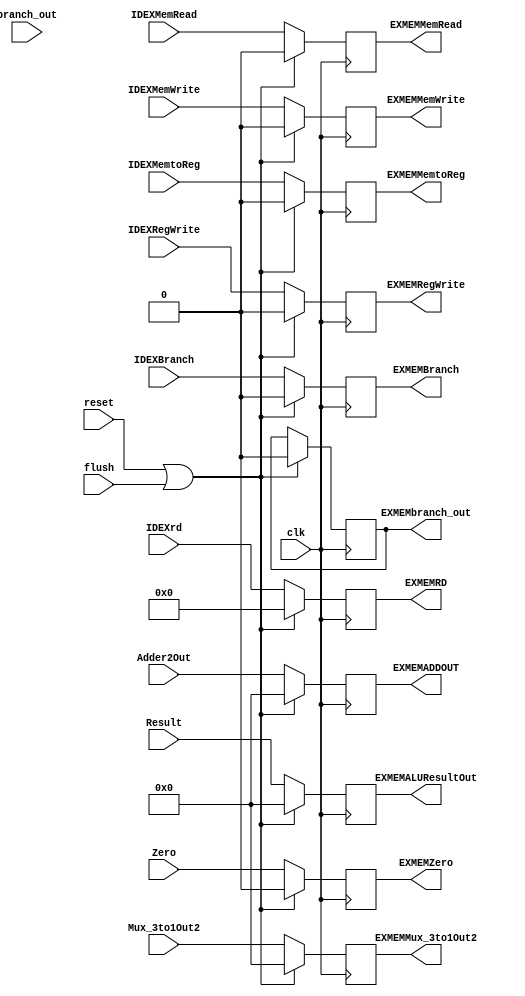
module EXMEM(
  input clk,reset, flush,
  input [63:0] Adder2Out, //adder output
  input [63:0] Result,//64bit alu output
  input Zero,//64bit alu output
  input [63:0] Mux_3to1Out2, //3 bit mux2by1 output 2
  input [4:0] IDEXrd, //IDEX output
  input  IDEXBranch, IDEXMemRead, IDEXMemtoReg, IDEXMemWrite, IDEXRegWrite, //IDEX outputs 
  input branch_out, // branching unit out
  output reg [63:0] EXMEMADDOUT,
  output reg EXMEMZero,
  output reg [63:0] EXMEMALUResultOut,
  output reg [63:0] EXMEMMux_3to1Out2,
  output reg [4:0] EXMEMRD,
  output reg EXMEMBranch, EXMEMMemRead, EXMEMMemtoReg, EXMEMMemWrite, EXMEMRegWrite,
  output reg EXMEMbranch_out
);


 always @(posedge clk)
    begin
      if (reset == 1'b1 || flush == 1'b1)
        begin
          EXMEMADDOUT = 64'b0;
          EXMEMZero = 1'b0;
          EXMEMALUResultOut = 64'b0;
          EXMEMMux_3to1Out2 = 64'b0;
          EXMEMRD = 5'b0;
          EXMEMBranch = 1'b0;
          EXMEMMemRead = 1'b0;
          EXMEMMemtoReg =1'b0;
          EXMEMMemWrite = 1'b0;
          EXMEMRegWrite = 1'b0;
          EXMEMbranch_out = 1'b0;
        end
      else
        begin
        
          EXMEMADDOUT = Adder2Out;
          EXMEMZero = Zero;
          EXMEMALUResultOut = Result;
          EXMEMMux_3to1Out2 = Mux_3to1Out2;
          EXMEMRD = IDEXrd;
          EXMEMBranch = IDEXBranch;
          EXMEMMemRead = IDEXMemRead;
          EXMEMMemtoReg = IDEXMemtoReg;
          EXMEMMemWrite = IDEXMemWrite;
          EXMEMRegWrite = IDEXRegWrite;
          EXMEMbranch_out = EXMEMbranch_out;
        end
    end   
endmodule